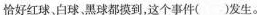
恰好红球、白球、黑球都摸到，这个事件（）发生。